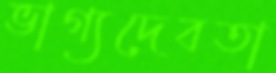
ভাগ্যদেবতা